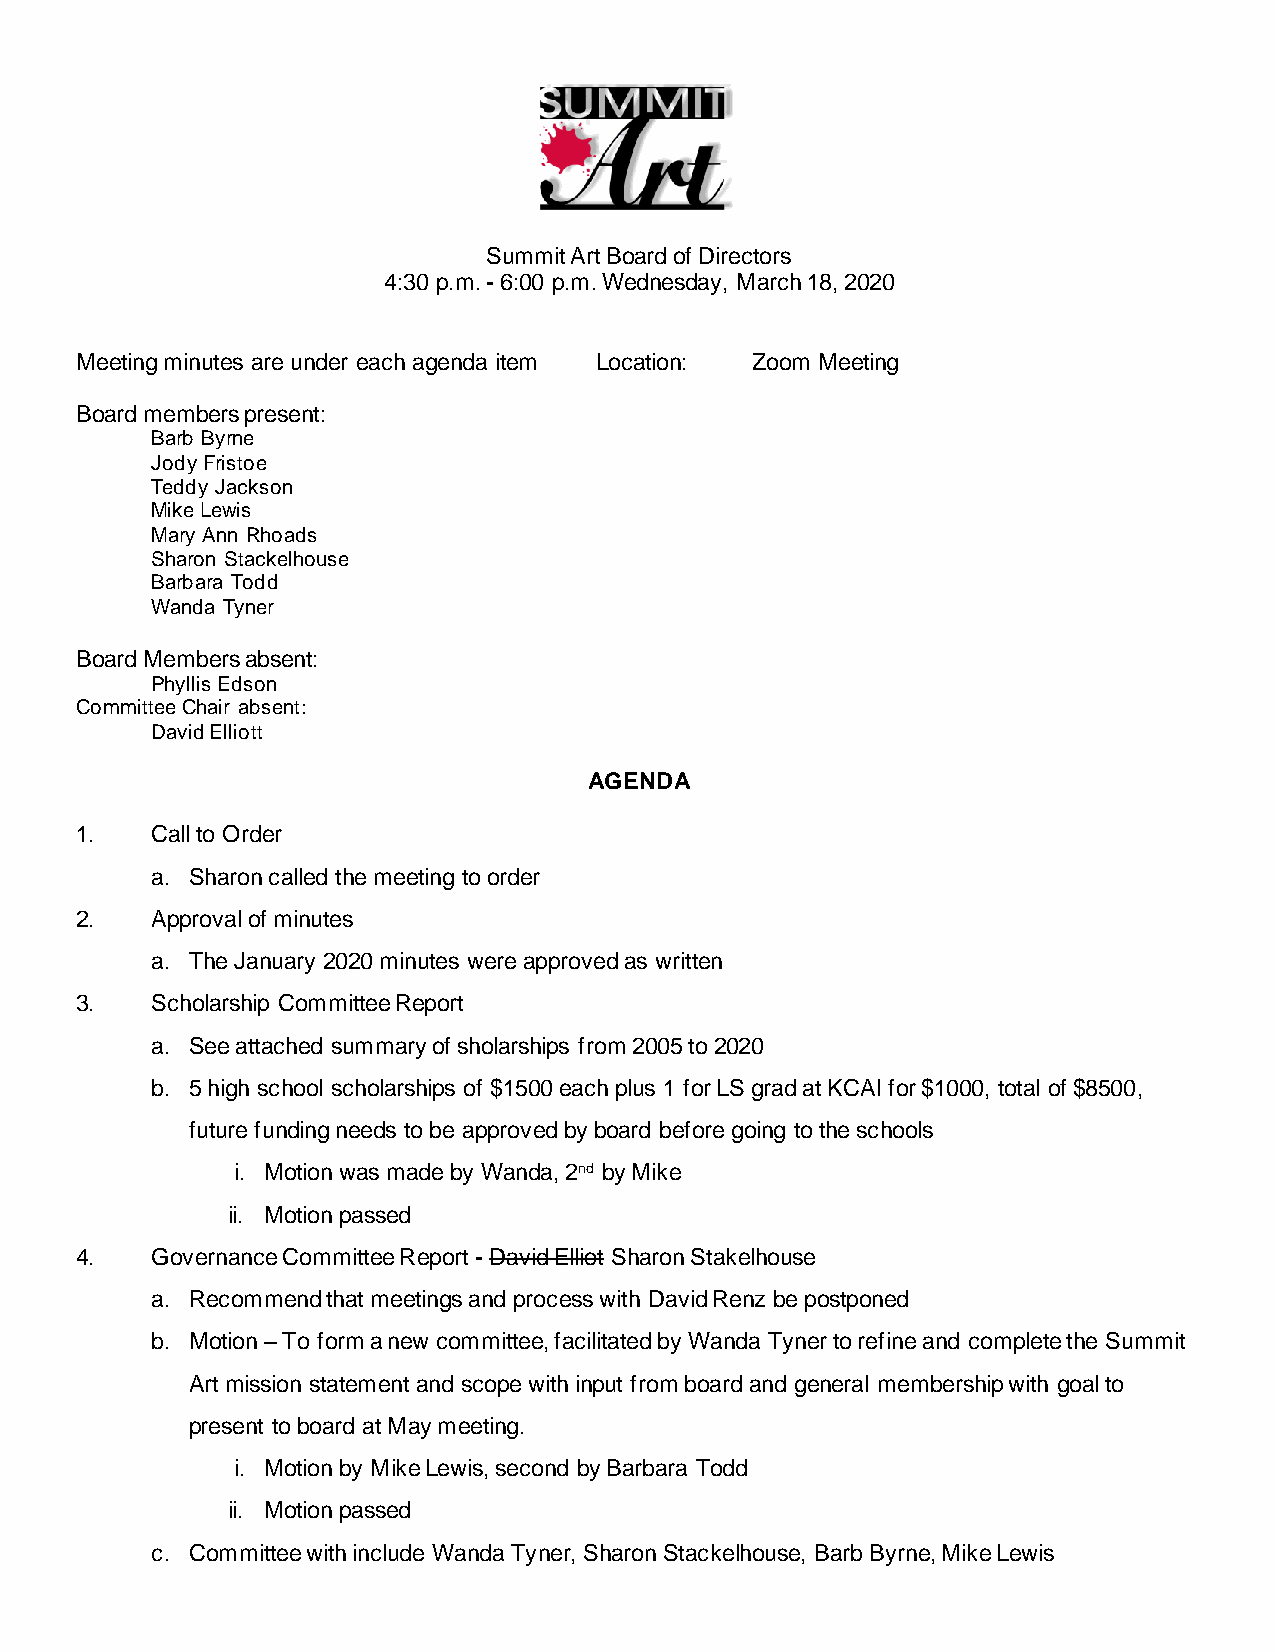
Summit Art Board of Directors
 4:30 p.m. - 6:00 p.m. Wednesday, March 18, 2020
 Meeting minutes are under each agenda item Location: Zoom Meeting
 Board members present:
 Barb Byrne
 Jody Fristoe
 Teddy Jackson
 Mike Lewis
 Mary Ann Rhoads
 Sharon Stackelhouse
 Barbara Todd
 Wanda Tyner
 Board Members absent:
 Phyllis Edson
 Committee Chair absent:
 David Elliott
 AGENDA
 1.   Call to Order
 a. Sharon called the meeting to order
 2.   Approval of minutes
 a. The January 2020 minutes were approved as written
 3.   Scholarship Committee Report
 a. See attached summary of sholarships from 2005 to 2020
 b. 5 high school scholarships of $1500 each plus 1 for LS grad at KCAI for $1000, total of $8500,
 future funding needs to be approved by board before going to the schools
 i. Motion was made by Wanda, 2nd by Mike
 ii. Motion passed
 4.   Governance Committee Report - David Elliot Sharon Stakelhouse
 a. Recommend that meetings and process with David Renz be postponed
 b. Motion – To form a new committee, facilitated by Wanda Tyner to refine and complete the Summit
 Art mission statement and scope with input from board and general membership with goal to
 present to board at May meeting.
 i. Motion by Mike Lewis, second by Barbara Todd
 ii. Motion passed
 c. Committee with include Wanda Tyner, Sharon Stackelhouse, Barb Byrne, Mike Lewis